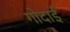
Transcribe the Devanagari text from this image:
गोदाई